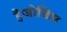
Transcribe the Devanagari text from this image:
हैजोखिम